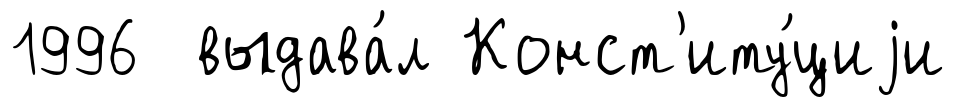
1996 выдава́л Конст'иту́циjи